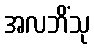
အလဘိံသု